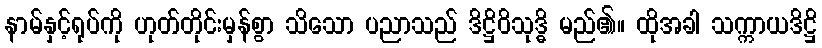
နာမ်နှင့်ရုပ်ကို ဟုတ်တိုင်းမှန်စွာ သိသော ပညာသည် ဒိဋ္ဌိဝိသုဒ္ဓိ မည်၏။ ထိုအခါ သက္ကာယဒိဋ္ဌိ